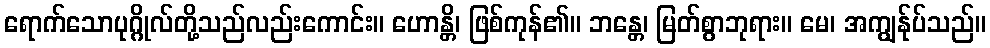
ရောက်သောပုဂ္ဂိုလ်တို့သည်လည်းကောင်း။ ဟောန္တိ၊ ဖြစ်ကုန်၏။ ဘန္တေ၊ မြတ်စွာဘုရား။ မေ၊ အကျွန်ုပ်သည်။